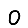
Digit: 0